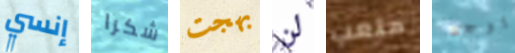
إنسي شكرا بهجت لن متعب يوجد